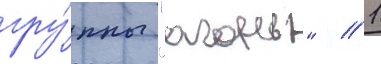
гру́ппы "агонь" // 1